画像に写った文字を読んでください
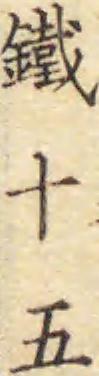
「鐵十五」と書いてあります